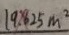
1 9 . 6 2 5 m ^ { 2 }